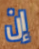
إن